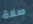
صلاة